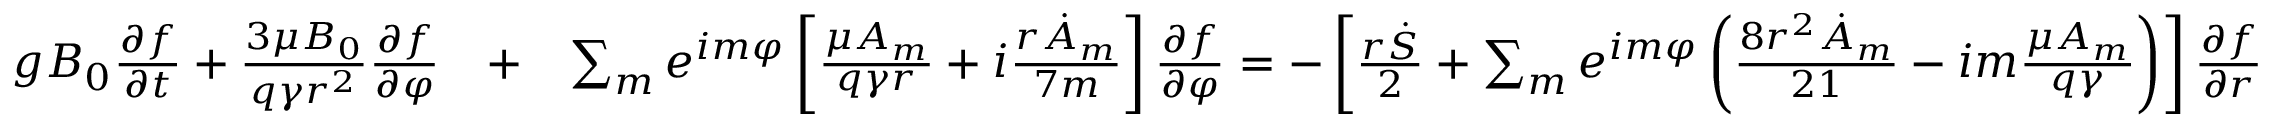
\begin{array} { r l r } { g B _ { 0 } \frac { \partial f } { \partial t } + \frac { 3 \mu B _ { 0 } } { q \gamma r ^ { 2 } } \frac { \partial f } { \partial \varphi } } & { + } & { \sum _ { m } e ^ { i m \varphi } \left[ \frac { \mu A _ { m } } { q \gamma r } + i \frac { r \dot { A } _ { m } } { 7 m } \right] \frac { \partial f } { \partial \varphi } = - \left[ \frac { r \dot { S } } { 2 } + \sum _ { m } e ^ { i m \varphi } \left( \frac { 8 r ^ { 2 } \dot { A } _ { m } } { 2 1 } - i m \frac { \mu A _ { m } } { q \gamma } \right) \right] \frac { \partial f } { \partial r } } \end{array}